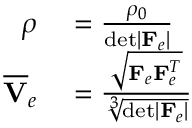
\begin{array} { r l } { \rho } & { { } = \frac { \rho _ { 0 } } { \mathrm { d e t } | \mathbf { F } _ { e } | } } \\ { \overline { { \mathbf { V } } } _ { e } } & { { } = \frac { \sqrt { \mathbf { F } _ { e } \mathbf { F } _ { e } ^ { T } } } { \sqrt [ 3 ] { \mathrm { d e t } | \mathbf { F } _ { e } | } } } \end{array}